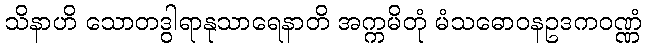
သိနာဟိ သောတဒွါရာနုသာရေနာတိ အက္ကမိတုံ မံသဓောဝနဥဒကဝဏ္ဏံ